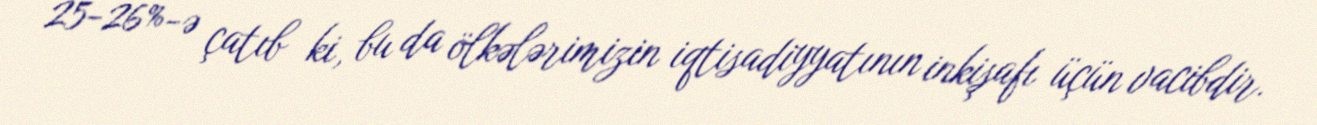
25-26%-ə çatıb ki, bu da ölkələrimizin iqtisadiyyatının inkişafı üçün vacibdir.